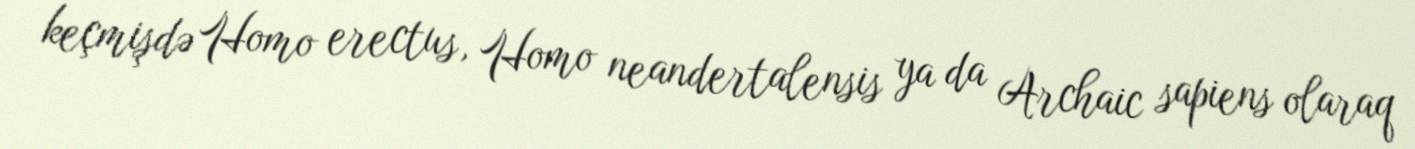
keçmişdə Homo erectus, Homo neandertalensis ya da Archaic sapiens olaraq